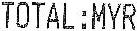
TOTAL:MYR